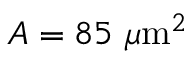
A = 8 5 \mathrm { ~ } \mu \mathrm { m } ^ { 2 }